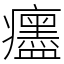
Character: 𤼎